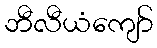
ဘီလီယံကျော်